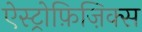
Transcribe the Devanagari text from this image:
ऐस्ट्रोफ़िज़िक्स